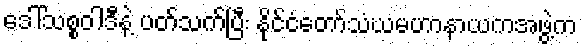
ဒေါ်သစ္စဝါဒီနဲ့ ပတ်သက်ပြီး နိုင်ငံတော်သံဃမဟာနာယကအဖွဲ့က